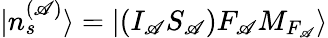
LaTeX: |n_{s}^{(\mathscr{A})}\rangle=|(I_{\mathscr{A}}S_{\mathscr{A}})F_{\mathscr{A}}M_{F_{\mathscr{A}}}\rangle